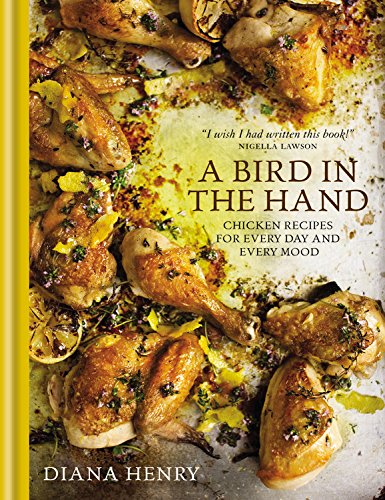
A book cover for A Bird in the Hand: Chicken recipes for every day and every mood; Diana Henry; Cookbooks, Food & Wine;